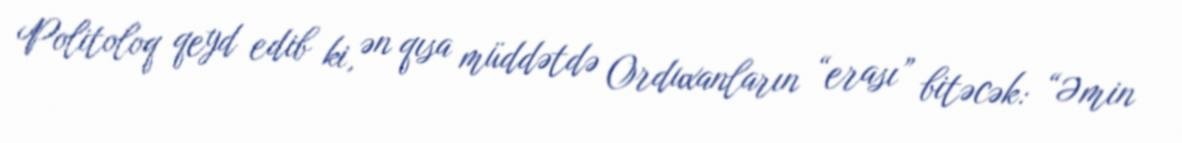
Politoloq qeyd edib ki, ən qısa müddətdə Orduxanların “erası” bitəcək: “Əmin